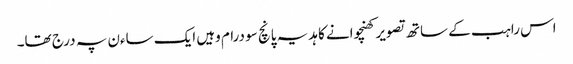
اس راہب کے ساتھ تصویر کھنچوانے کا ہدیہ پانچ سو درام وہیں ایک ساءن پہ درج تھا۔